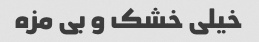
خیلی خشک و بی مزه